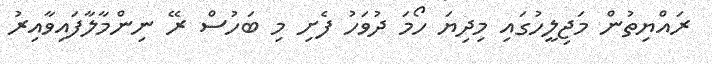
ރައްޔިތުން މަޖިލީހުގައި މިދިޔަ ހޯމަ ދުވަހު ފެށި މި ބަހުސް ރޭ ނިންމާލާފައިވާއިރު